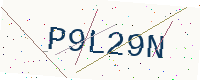
Text: P9L29N